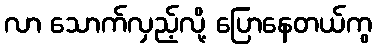
လာ သောက်လှည့်လို့ ပြောနေတယ်ကွ